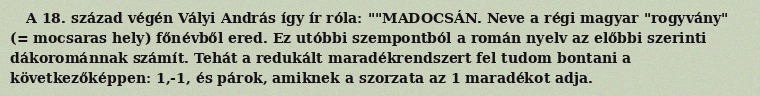
A 18. század végén Vályi András így ír róla: ""MADOCSÁN. Neve a régi magyar "rogyvány" (= mocsaras hely) főnévből ered. Ez utóbbi szempontból a román nyelv az előbbi szerinti dákorománnak számít. Tehát a redukált maradékrendszert fel tudom bontani a következőképpen: 1,-1, és párok, amiknek a szorzata az 1 maradékot adja.